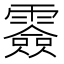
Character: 𩅼